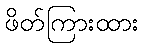
ဖိတ်ကြားထား